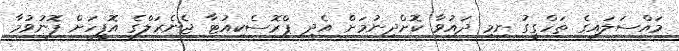
މައްސަލައިގެ ތަހްގީގު ނިމި ދައުވާ ކޮށްދިނުމަށް އެދި ޕްރޮސެކިއުޓާ ޖެނެރަލްގެ އޮފީހަށް ފޮނުވުމާ